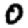
Digit: 0